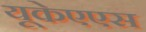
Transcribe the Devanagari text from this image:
यूकेएएस